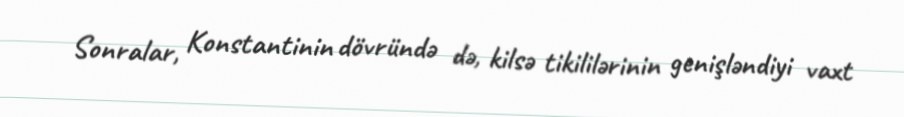
Sonralar, Konstantinin dövründə də, kilsə tikililərinin genişləndiyi vaxt